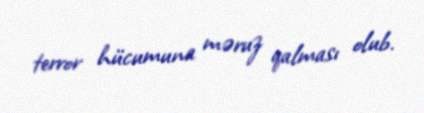
terror hücumuna məruz qalması olub.